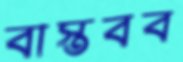
বাস্তবব